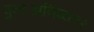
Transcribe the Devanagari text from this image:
पुनःअविष्कार